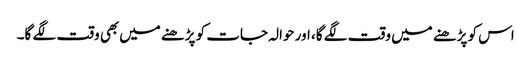
اس کو پڑھنے میں وقت لگے گا، اور حوالہ جات کو پڑھنے میں‌بھی وقت لگے گا۔